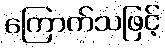
ကြောက်သဖြင့်